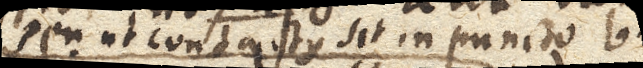
seu ut contactus sit in puncto b